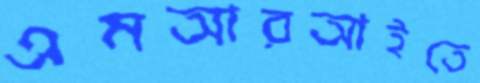
এমআরআইতে